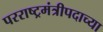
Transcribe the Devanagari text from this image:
परराष्ट्रमंत्रीपदाच्या